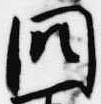
闕